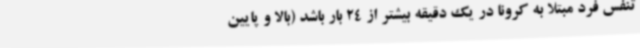
تنفس فرد مبتلا به کرونا در یک دقیقه بیشتر از 24 بار باشد (بالا و پایین